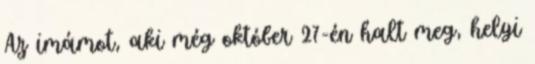
Az imámot, aki még október 27-én halt meg, helyi